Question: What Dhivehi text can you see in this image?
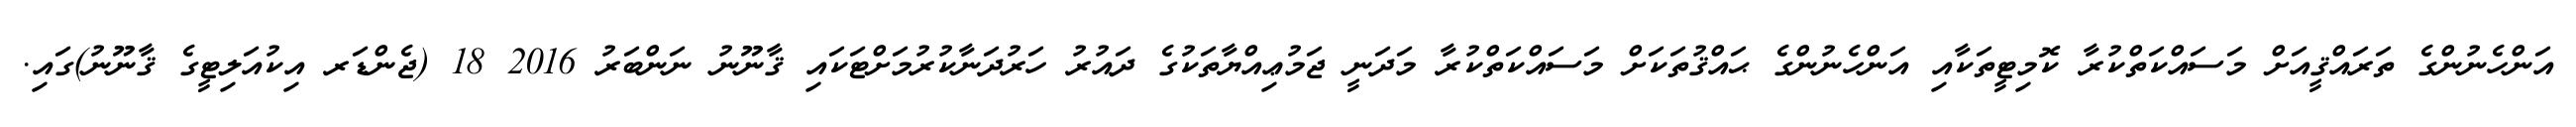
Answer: އަންހެނުންގެ ތަރައްޤީއަށް މަސައްކަތްކުރާ ކޮމިޓީތަކާއި އަންހެނުންގެ ޙައްޤުތަކަށް މަސައްކަތްކުރާ މަދަނީ ޖަމުޢިއްޔާތަކުގެ ދައުރު ހަރުދަނާކުރުމަށްޓަކައި ޤާނޫނު ނަންބަރު 2016 18 (ޖެންޑަރ އިކުއަލިޓީގެ ޤާނޫނު)ގައި.